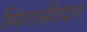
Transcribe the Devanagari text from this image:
मिरासीदार